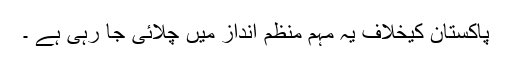
پاکستان کیخلاف یہ مہم منظم انداز میں چلائی جا رہی ہے ۔